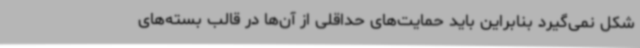
شکل نمی‌گیرد بنابراین باید حمایت‌های حداقلی از آن‌ها در قالب بسته‌های